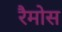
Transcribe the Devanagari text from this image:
रैमोस